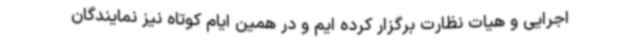
اجرایی و هیات نظارت برگزار کرده ایم و در همین ایام کوتاه نیز نمایندگان